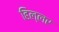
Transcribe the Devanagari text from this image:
हिल्लर